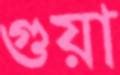
গুয়া